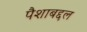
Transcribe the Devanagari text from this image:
पैशाबद्दल